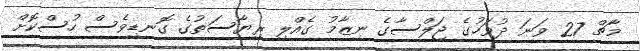
މާޗް 27 ވަނަ ދުވަހުގެ ޖަލްސާގެ ނިޒާމު ގެއްލި ރިޔާސަތުގެ ގޮނޑިވެސް ހުސްކޮށް